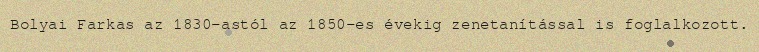
Bolyai Farkas az 1830-astól az 1850-es évekig zenetanítással is foglalkozott.